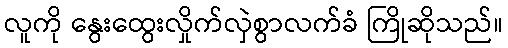
လူကို နွေးထွေးလှိုက်လှဲစွာလက်ခံ ကြိုဆိုသည်။